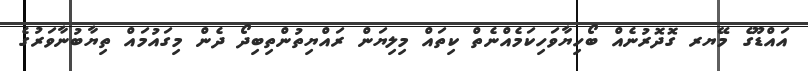
އައްޑޫގެ މޭޔރ ގޮދޮރުނެއް ބޯހިޔާވަހިކަމެއްނެތް ކިތައް މިލިޔަން ރައްޔިތުންތިބިދޯ ދެން މިގައުމައް ތިޔާބުނާވަރުގެ